画像に写った文字を読んでください
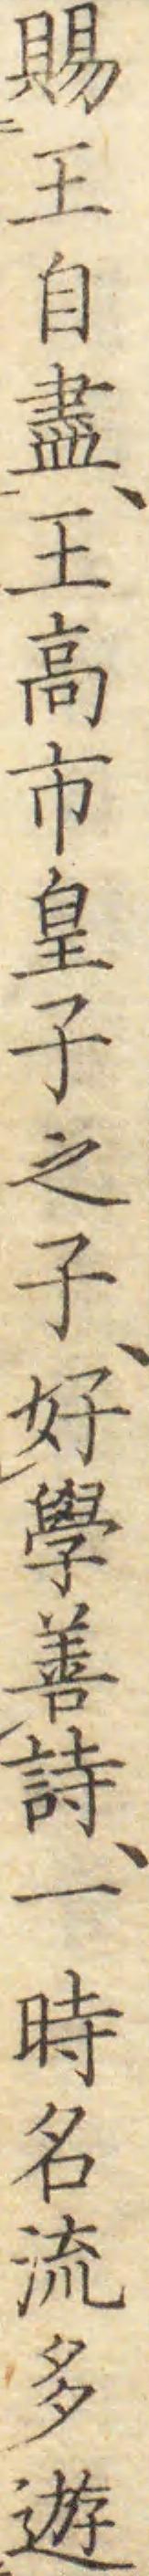
「賜王自盡、王高市皇子之子、好學善詩、一時名流多遊」と書いてあります